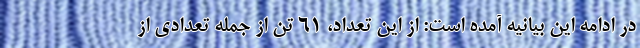
در ادامه این بیانیه آمده است: از این تعداد، ۶۱ تن از جمله تعدادی از